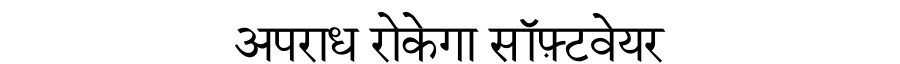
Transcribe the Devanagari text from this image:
अपराध रोकेगा सॉफ़्टवेयर